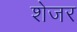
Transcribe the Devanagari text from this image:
शेजर